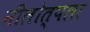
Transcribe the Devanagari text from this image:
नीलोत्पला